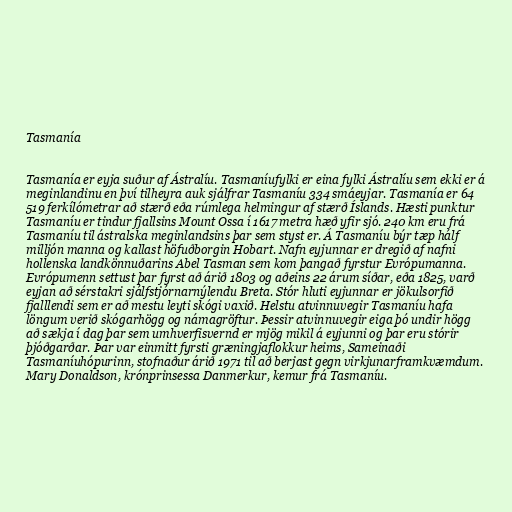
Tasmanía

Tasmanía er eyja suður af Ástralíu. Tasmaníufylki er eina fylki Ástralíu sem ekki er á
meginlandinu en því tilheyra auk sjálfrar Tasmaníu 334 smáeyjar. Tasmanía er 64
519 ferkílómetrar að stærð eða rúmlega helmingur af stærð Íslands. Hæsti punktur
Tasmaníu er tindur fjallsins Mount Ossa í 1617 metra hæð yfir sjó. 240 km eru frá
Tasmaníu til ástralska meginlandsins þar sem styst er. Á Tasmaníu býr tæp hálf
milljón manna og kallast höfuðborgin Hobart. Nafn eyjunnar er dregið af nafni
hollenska landkönnuðarins Abel Tasman sem kom þangað fyrstur Evrópumanna.
Evrópumenn settust þar fyrst að árið 1803 og aðeins 22 árum síðar, eða 1825, varð
eyjan að sérstakri sjálfstjórnarnýlendu Breta. Stór hluti eyjunnar er jökulsorfið
fjalllendi sem er að mestu leyti skógi vaxið. Helstu atvinnuvegir Tasmaníu hafa
löngum verið skógarhögg og námagröftur. Þessir atvinnuvegir eiga þó undir högg
að sækja í dag þar sem umhverfisvernd er mjög mikil á eyjunni og þar eru stórir
þjóðgarðar. Þar var einmitt fyrsti græningjaflokkur heims, Sameinaði
Tasmaníuhópurinn, stofnaður árið 1971 til að berjast gegn virkjunarframkvæmdum.
Mary Donaldson, krónprinsessa Danmerkur, kemur frá Tasmaníu.